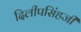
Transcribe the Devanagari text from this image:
दिलीपसिंहजी